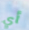
أي